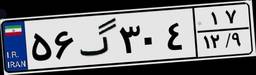
۸۹گ۶۱۵۷۱